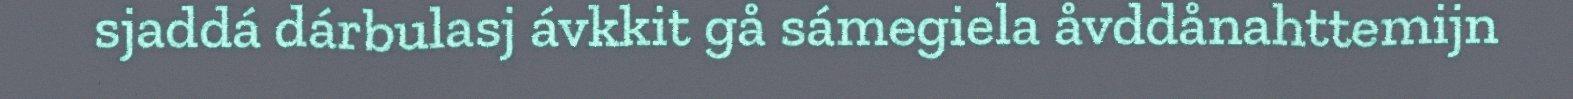
sjaddá dárbulasj ávkkit gå sámegiela åvddånahttemijn